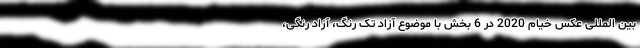
بین المللی عکس خیام 2020 در 6 بخش با موضوع آزاد تک رنگ، آزاد رنگی،